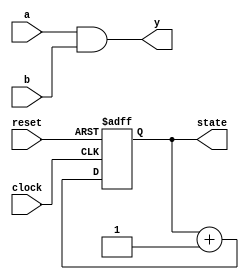
module example (
    input wire a,
    input wire b,
    input wire clock,
    input wire reset,
    output reg y,
    output reg [3:0] state
);

// Combinational Logic using always @*
always @* begin
    // Example: 2-input AND gate
    y = a & b;
end

// Sequential Logic using always @(posedge clock)
always @(posedge clock or posedge reset) begin
    if (reset) begin
        // Reset state to 0
        state <= 4'b0000;
    end else begin
        // Example: Simple state machine
        state <= state + 1; // Increment state on each clock edge
    end
end

endmodule